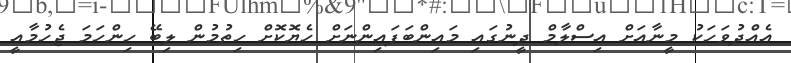
އެއްދުވަހަކު މީނާއަށް އިސްލާމް ދީނުގައި މައިންބަފައިންނަށް ހެޔޮކޮށް ހިތުމުން ލިބޭ ހިންހަމަ ޖެހުމާއީ